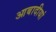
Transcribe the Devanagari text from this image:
आबादीयां